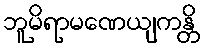
ဘူမိရာမဏေယျကန္တိ